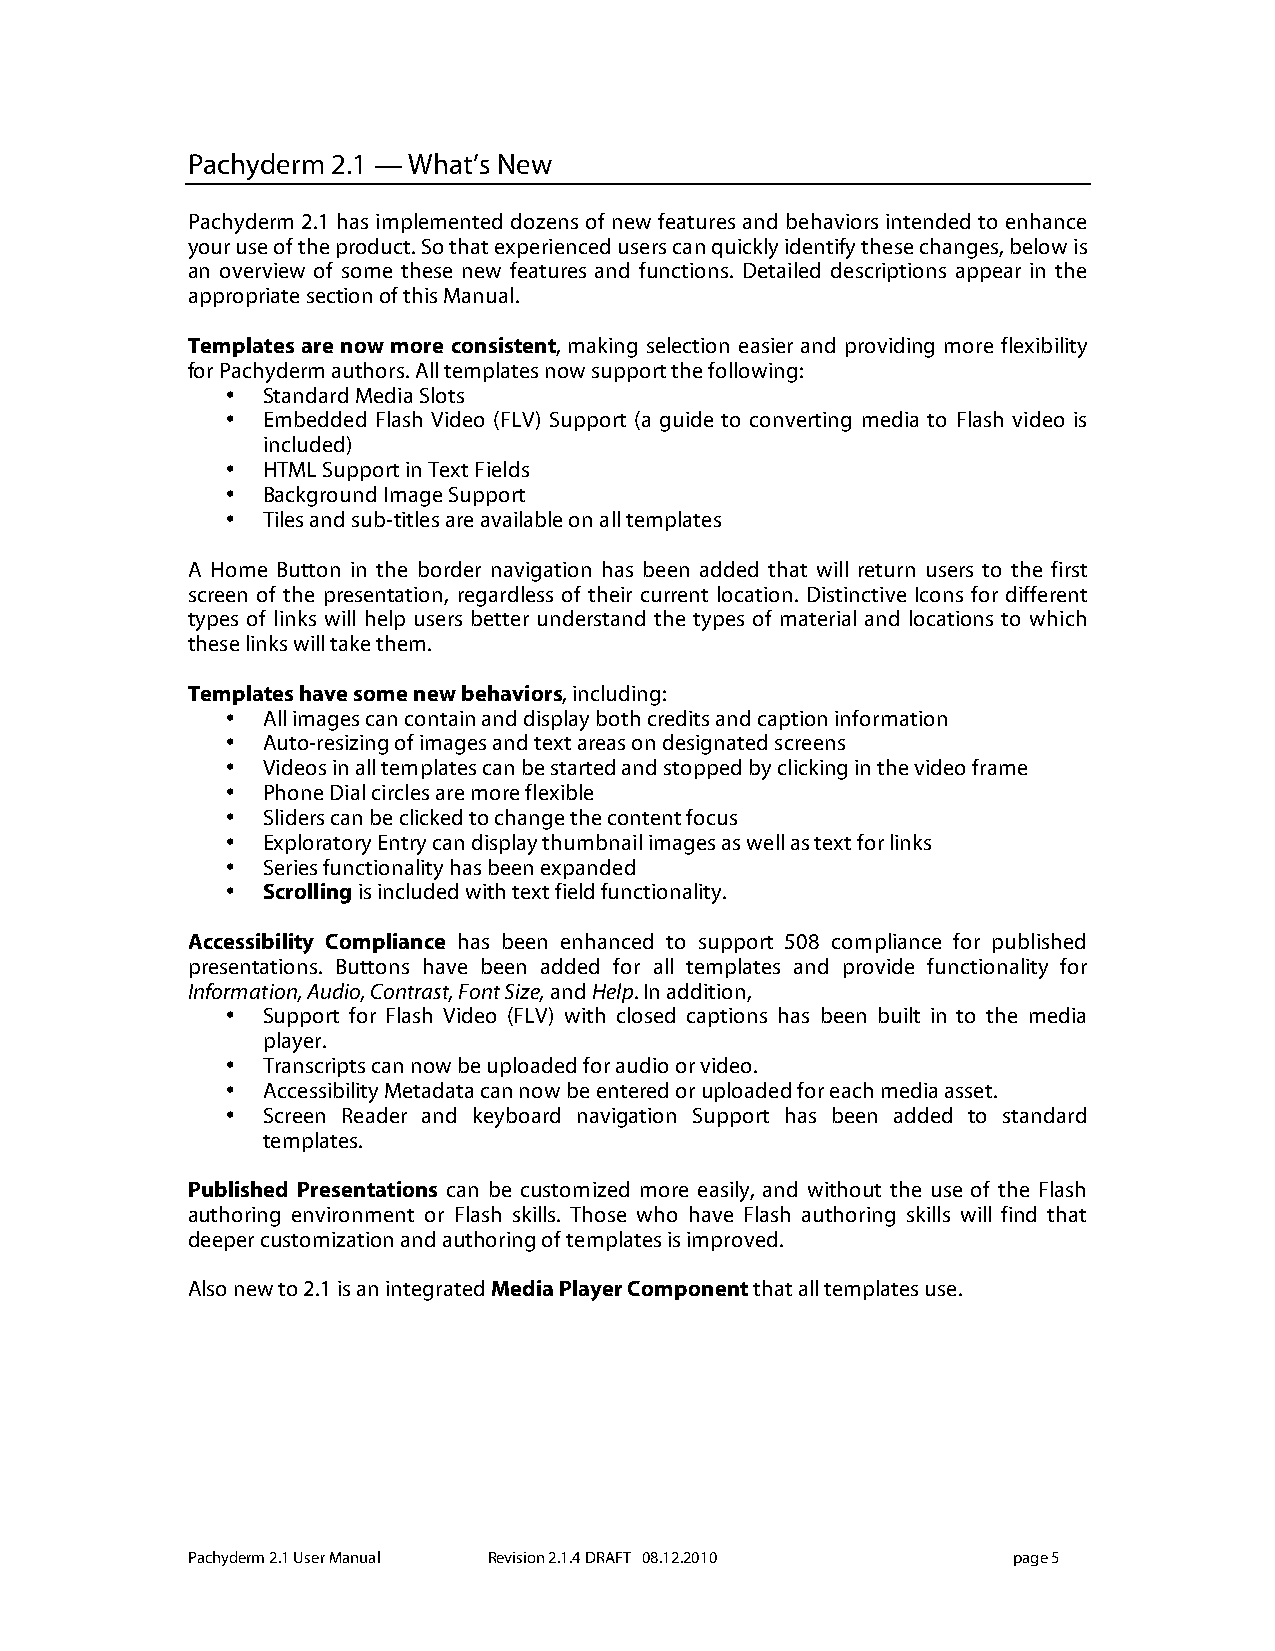
Pachyderm 2.1 — What’s New
 Pachyderm 2.1 has implemented dozens of new features and behaviors intended to enhance
 your use of the product. So that experienced users can quickly identify these changes, below is
 an overview of some these new features and functions. Detailed descriptions appear in the
 appropriate section of this Manual.
 Templates are now more consistent, making selection easier and providing more flexibility
 for Pachyderm authors. All templates now support the following:
 • Standard Media Slots
 • Embedded Flash Video (FLV) Support (a guide to converting media to Flash video is
 included)
 • HTML Support in Text Fields
 • Background Image Support
 • Tiles and sub-titles are available on all templates
 A Home Button in the border navigation has been added that will return users to the first
 screen of the presentation, regardless of their current location. Distinctive Icons for different
 types of links will help users better understand the types of material and locations to which
 these links will take them.
 Templates have some new behaviors, including:
 • All images can contain and display both credits and caption information
 • Auto-resizing of images and text areas on designated screens
 • Videos in all templates can be started and stopped by clicking in the video frame
 • Phone Dial circles are more flexible
 • Sliders can be clicked to change the content focus
 • Exploratory Entry can display thumbnail images as well as text for links
 • Series functionality has been expanded
 • Scrolling is included with text field functionality.
 Accessibility Compliance has been enhanced to support 508 compliance for published
 presentations. Buttons have been added for all templates and provide functionality for
 Information, Audio, Contrast, Font Size, and Help. In addition,
 • Support for Flash Video (FLV) with closed captions has been built in to the media
 player.
 • Transcripts can now be uploaded for audio or video.
 • Accessibility Metadata can now be entered or uploaded for each media asset.
 • Screen Reader and keyboard navigation Support has been added to standard
 templates.
 Published Presentations can be customized more easily, and without the use of the Flash
 authoring environment or Flash skills. Those who have Flash authoring skills will find that
 deeper customization and authoring of templates is improved.
 Also new to 2.1 is an integrated Media Player Component that all templates use.
 Pachyderm 2.1 User Manual Revision 2.1.4 DRAFT 08.12.2010 page 5